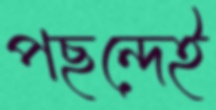
পছন্দেই